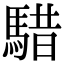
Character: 𩤈